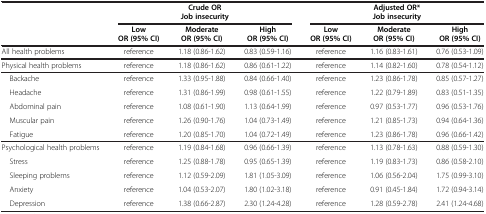
<table><thead><tr><td>[EMPTY_CELL]</td><td colspan="3"><b>Crude OR</b></td><td colspan="3"><b>Adjusted OR*</b></td></tr><tr><td>[EMPTY_CELL]</td><td colspan="3"><b>Job insecurity</b></td><td colspan="3"><b>Job insecurity</b></td></tr><tr><td>[EMPTY_CELL]</td><td><b>Low</b></td><td><b>Moderate</b></td><td><b>High</b></td><td><b>Low</b></td><td><b>Moderate</b></td><td><b>High</b></td></tr><tr><td>[EMPTY_CELL]</td><td><b>OR (95% CI)</b></td><td><b>OR (95% CI)</b></td><td><b>OR (95% CI)</b></td><td><b>OR (95% CI)</b></td><td><b>OR (95% CI)</b></td><td><b>OR (95% CI)</b></td></tr></thead><tbody><tr><td>All health problems</td><td>reference</td><td>1.18 (0.86-1.62)</td><td>0.83 (0.59-1.16)</td><td>reference</td><td>1.16 (0.83-1.61)</td><td>0.76 (0.53-1.09)</td></tr><tr><td>Physical health problems</td><td>reference</td><td>1.18 (0.86-1.62)</td><td>0.86 (0.61-1.22)</td><td>reference</td><td>1.14 (0.82-1.60)</td><td>0.78 (0.54-1.12)</td></tr><tr><td> Backache</td><td>reference</td><td>1.33 (0.95-1.88)</td><td>0.84 (0.66-1.40)</td><td>reference</td><td>1.23 (0.86-1.78)</td><td>0.85 (0.57-1.27)</td></tr><tr><td> Headache</td><td>reference</td><td>1.31 (0.86-1.99)</td><td>0.98 (0.61-1.55)</td><td>reference</td><td>1.22 (0.79-1.89)</td><td>0.83 (0.51-1.35)</td></tr><tr><td> Abdominal pain</td><td>reference</td><td>1.08 (0.61-1.90)</td><td>1.13 (0.64-1.99)</td><td>reference</td><td>0.97 (0.53-1.77)</td><td>0.96 (0.53-1.76)</td></tr><tr><td> Muscular pain</td><td>reference</td><td>1.26 (0.90-1.76)</td><td>1.04 (0.73-1.49)</td><td>reference</td><td>1.21 (0.85-1.73)</td><td>0.94 (0.64-1.36)</td></tr><tr><td> Fatigue</td><td>reference</td><td>1.20 (0.85-1.70)</td><td>1.04 (0.72-1.49)</td><td>reference</td><td>1.23 (0.86-1.78)</td><td>0.96 (0.66-1.42)</td></tr><tr><td>Psychological health problems</td><td>reference</td><td>1.19 (0.84-1.68)</td><td>0.96 (0.66-1.39)</td><td>reference</td><td>1.13 (0.78-1.63)</td><td>0.88 (0.59-1.30)</td></tr><tr><td> Stress</td><td>reference</td><td>1.25 (0.88-1.78)</td><td>0.95 (0.65-1.39)</td><td>reference</td><td>1.19 (0.83-1.73)</td><td>0.86 (0.58-2.10)</td></tr><tr><td> Sleeping problems</td><td>reference</td><td>1.12 (0.59-2.09)</td><td>1.81 (1.05-3.09)</td><td>reference</td><td>1.06 (0.56-2.04)</td><td>1.75 (0.99-3.10)</td></tr><tr><td> Anxiety</td><td>reference</td><td>1.04 (0.53-2.07)</td><td>1.80 (1.02-3.18)</td><td>reference</td><td>0.91 (0.45-1.84)</td><td>1.72 (0.94-3.14)</td></tr><tr><td> Depression</td><td>reference</td><td>1.38 (0.66-2.87)</td><td>2.30 (1.24-4.28)</td><td>reference</td><td>1.28 (0.59-2.78)</td><td>2.41 (1.24-4.68)</td></tr></tbody></table>